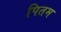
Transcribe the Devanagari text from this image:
पितम